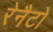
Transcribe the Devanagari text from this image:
रेनैटो